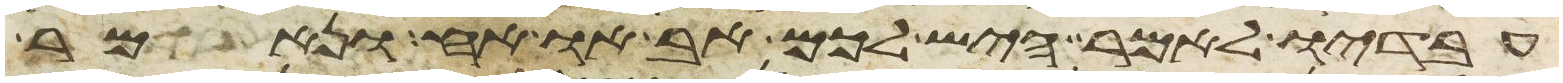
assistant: עבדיו לאמר היש לכם אב או אח ונאמר